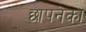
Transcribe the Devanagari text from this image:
छापनेका